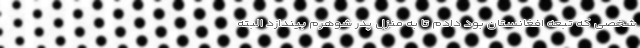
شخصی که تبعه افغانستان بود دادم تا به منزل پدر شوهرم بیندازد البته